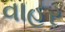
વાહર